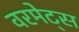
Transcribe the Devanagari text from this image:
वरमेट्स